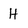
Character: H